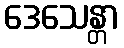
ဒေသေန္တာ